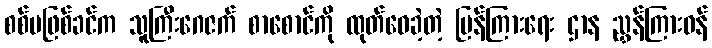
စစ်မဖြစ်ခင်က သူကြီးဂေဇက် စာစောင်ကို ထုတ်ဝေခဲ့တဲ့ ပြန်ကြားရေး ဌာန ညွှန်ကြားဝန်